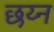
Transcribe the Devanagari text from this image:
छय्न